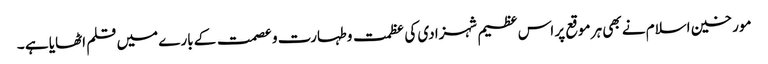
مورخین اسلام نے بھی ہر موقع پر اس عظیم شہزادی کی عظمت وطہارت و عصمت کے بارے میں قلم اٹھایا ہے ۔